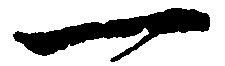
一